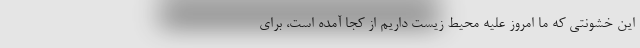
این خشونتی که ما امروز علیه محیط زیست داریم از کجا آمده است، برای